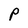
Character: P